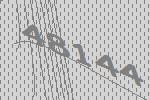
48144